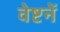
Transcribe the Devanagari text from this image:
वेष्टनें